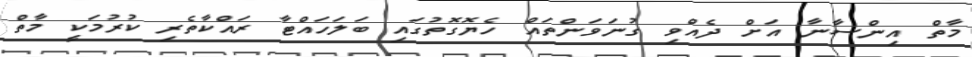
މާތް އިންސާނާ އަށް ދެއްވި ގުނަވަންތައް ހެޔޮގޮތުގައި ބަލަހައްޓާ ރައްކާތެރި ކުރުމަކީ މާތް